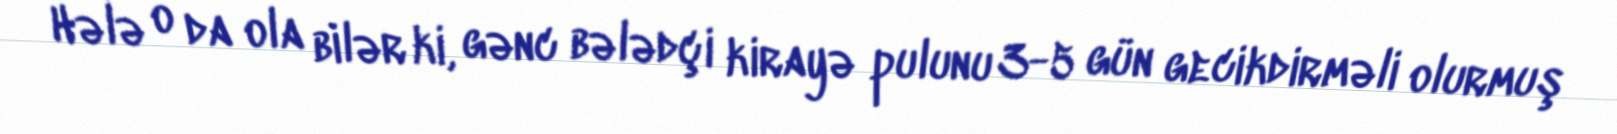
Hələ o da ola bilər ki, gənc bələdçi kirayə pulunu 3-5 gün gecikdirməli olurmuş